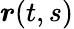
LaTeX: {\boldsymbol{r}}(t,s)